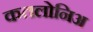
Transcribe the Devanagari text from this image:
कतलोनिअ